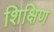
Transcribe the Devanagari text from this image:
शिक्षिण